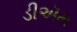
ડીઍમ